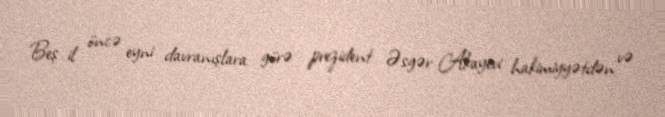
Beş il öncə eyni davranışlara görə prezident Əsgər Akayevi hakimiyyətdən və